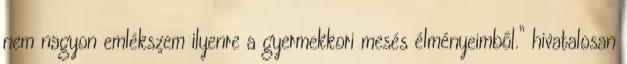
nem nagyon emlékszem ilyenre a gyermekkori mesés élményeimből.” hivatalosan